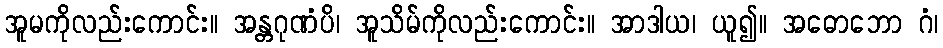
အူမကိုလည်းကောင်း။ အန္တဂုဏံပိ၊ အူသိမ်ကိုလည်းကောင်း။ အာဒါယ၊ ယူ၍။ အဓောဘော ဂံ၊